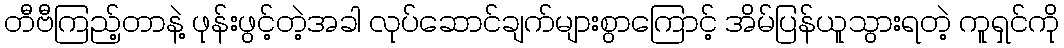
တီဗီကြည့်တာနဲ့ ဖုန်းဖွင့်တဲ့အခါ လုပ်ဆောင်ချက်များစွာကြောင့် အိမ်ပြန်ယူသွားရတဲ့ ကူရှင်ကို